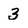
Character: 3